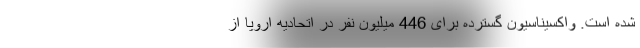
شده است. واکسیناسیون گسترده برای 446 میلیون نفر در اتحادیه اروپا از